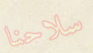
سلاحنا